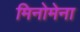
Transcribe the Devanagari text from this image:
मिनोमेना